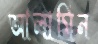
আলামিন